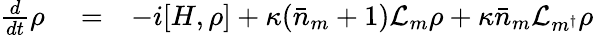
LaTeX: \begin{array}{rlr}{\frac{d}{dt}\rho}&{{}=}&{-i[H,\rho]+\kappa(\bar{n}_{m}+1)\mathcal{L}_{m}\rho+\kappa\bar{n}_{m}\mathcal{L}_{m^{\dagger}}\rho}\end{array}